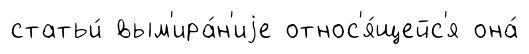
статьи́ вым'ира́н'иjе относ'я́щейс'я она́